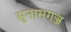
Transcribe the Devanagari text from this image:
सुनामगञ्ज